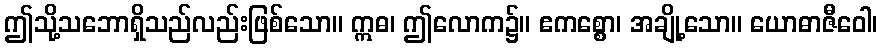
ဤသို့သဘောရှိသည်လည်းဖြစ်သော။ ဣဓ၊ ဤလောက၌။ ဧကစ္စော၊ အချို့သော။ ယောဓာဇီဝေါ၊